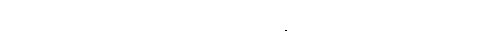
လူ တစ်ဦးတစ်ယောက်၏ကျန်းမာရေးသည် နတ်တို့နှင့်သက်ဆိုင်သည်ဟုယုံကြည်သည်။